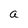
Character: a